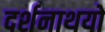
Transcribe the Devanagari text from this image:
दर्शनाथयों